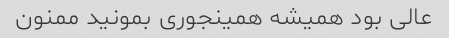
عالی بود همیشه همینجوری بمونید ممنون